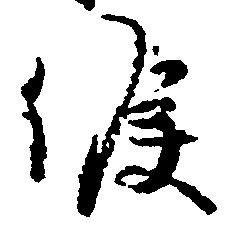
候